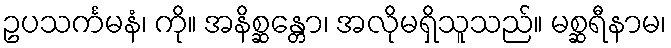
ဥပသင်္ကမနံ၊ ကို။ အနိစ္ဆန္တော၊ အလိုမရှိသူသည်။ မစ္ဆရီနာမ၊